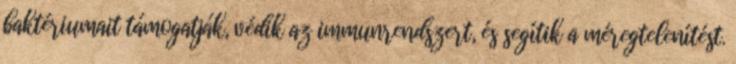
baktériumait támogatják, védik az immunrendszert, és segítik a méregtelenítést.